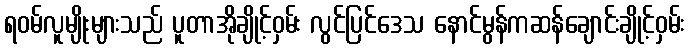
ရဝမ်လူမျိုးများသည် ပူတာအိုချိုင့်ဝှမ်း လွင်ပြင်ဒေသ နောင်မွန်ကဆန်ချောင်းချိုင့်ဝှမ်း